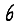
Digit: 6